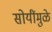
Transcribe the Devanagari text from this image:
सोयींमुळे